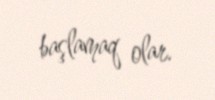
başlamaq olar.